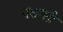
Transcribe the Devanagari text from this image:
पतासी